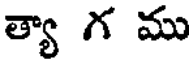
త్యా గ ము